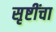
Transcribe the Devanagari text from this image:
सृष्टींचा